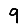
Digit: 9